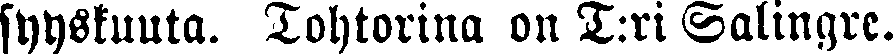
syyskuuta. Tohtorina on T:ri Salingre.